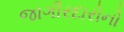
જાગીરદારોનો